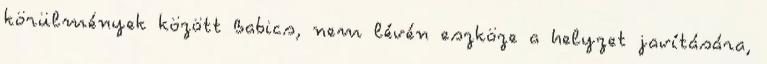
körülmények között Babics, nem lévén eszköze a helyzet javítására,